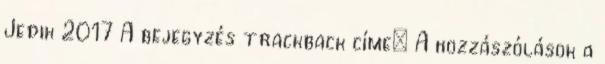
Jedik 2017 A bejegyzés trackback címe: A hozzászólások a